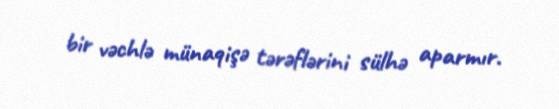
bir vəchlə münaqişə tərəflərini sülhə aparmır.